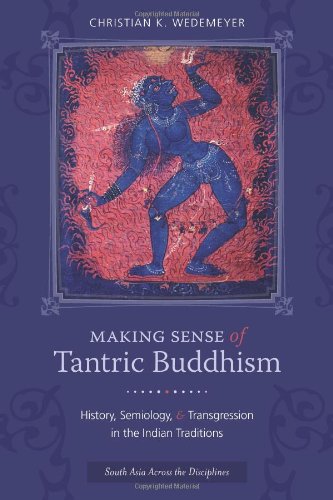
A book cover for Making Sense of Tantric Buddhism: History, Semiology, and Transgression in the Indian Traditions (South Asia Across the Disciplines); Christian K. Wedemeyer; Religion & Spirituality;